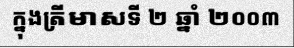
ក្នុងត្រីមាសទី ២ ឆ្នាំ ២០០៣